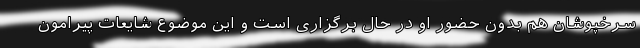
سرخپوشان هم بدون حضور او در حال برگزاری است و این موضوع شایعات پیرامون